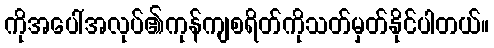
ကိုအပေါ်အလုပ်၏ကုန်ကျစရိတ်ကိုသတ်မှတ်နိုင်ပါတယ်။